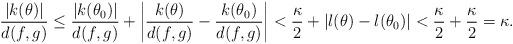
LaTeX: \begin{align*} \frac{|k(\theta)|}{d(f,g)}\le \frac{|k(\theta_0)|}{d(f,g)}+\left|\frac{k(\theta)}{d(f,g)}-\frac{k(\theta_0)}{d(f,g)}\right|<\frac \kappa 2+|l(\theta)-l(\theta_0)|<\frac \kappa 2+\frac \kappa 2=\kappa.\end{align*}